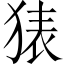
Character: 𰡜